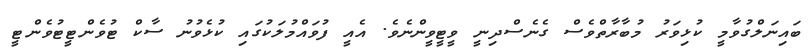
ބައިނަލްގުވާމީ ކުޅިވަރު މުބާރާތްވެސް ގެނެސްދިނީ ވީޓީވީންނެވެ. އެއީ ފުވައްމުލަކުގައި ކުޅެވުނު ސާކް ޓުވެންޓީޓުވެންޓީ